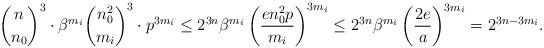
LaTeX: \begin{align*}{n\choose n_0}^3\cdot \beta^{m_i}\binom{n_0^2}{m_i}^3\cdot p^{3m_i}\leq 2^{3n} \beta^{m_i}\left(\frac{en_0^2p}{m_i}\right)^{3m_i}\leq 2^{3n}\beta^{m_i} \left(\frac{2e}{a}\right)^{3m_i} = 2^{3n-3m_i}.\end{align*}